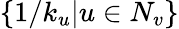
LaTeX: \{ 1/k_{u}|u\in N_{v}\}